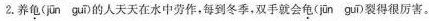
2. 养\underset{·}{龟}(jūn guī)的人天天在水中劳作，每到冬季，双手就会\underset{·}{龟}(jūn guī)裂得很厉害。